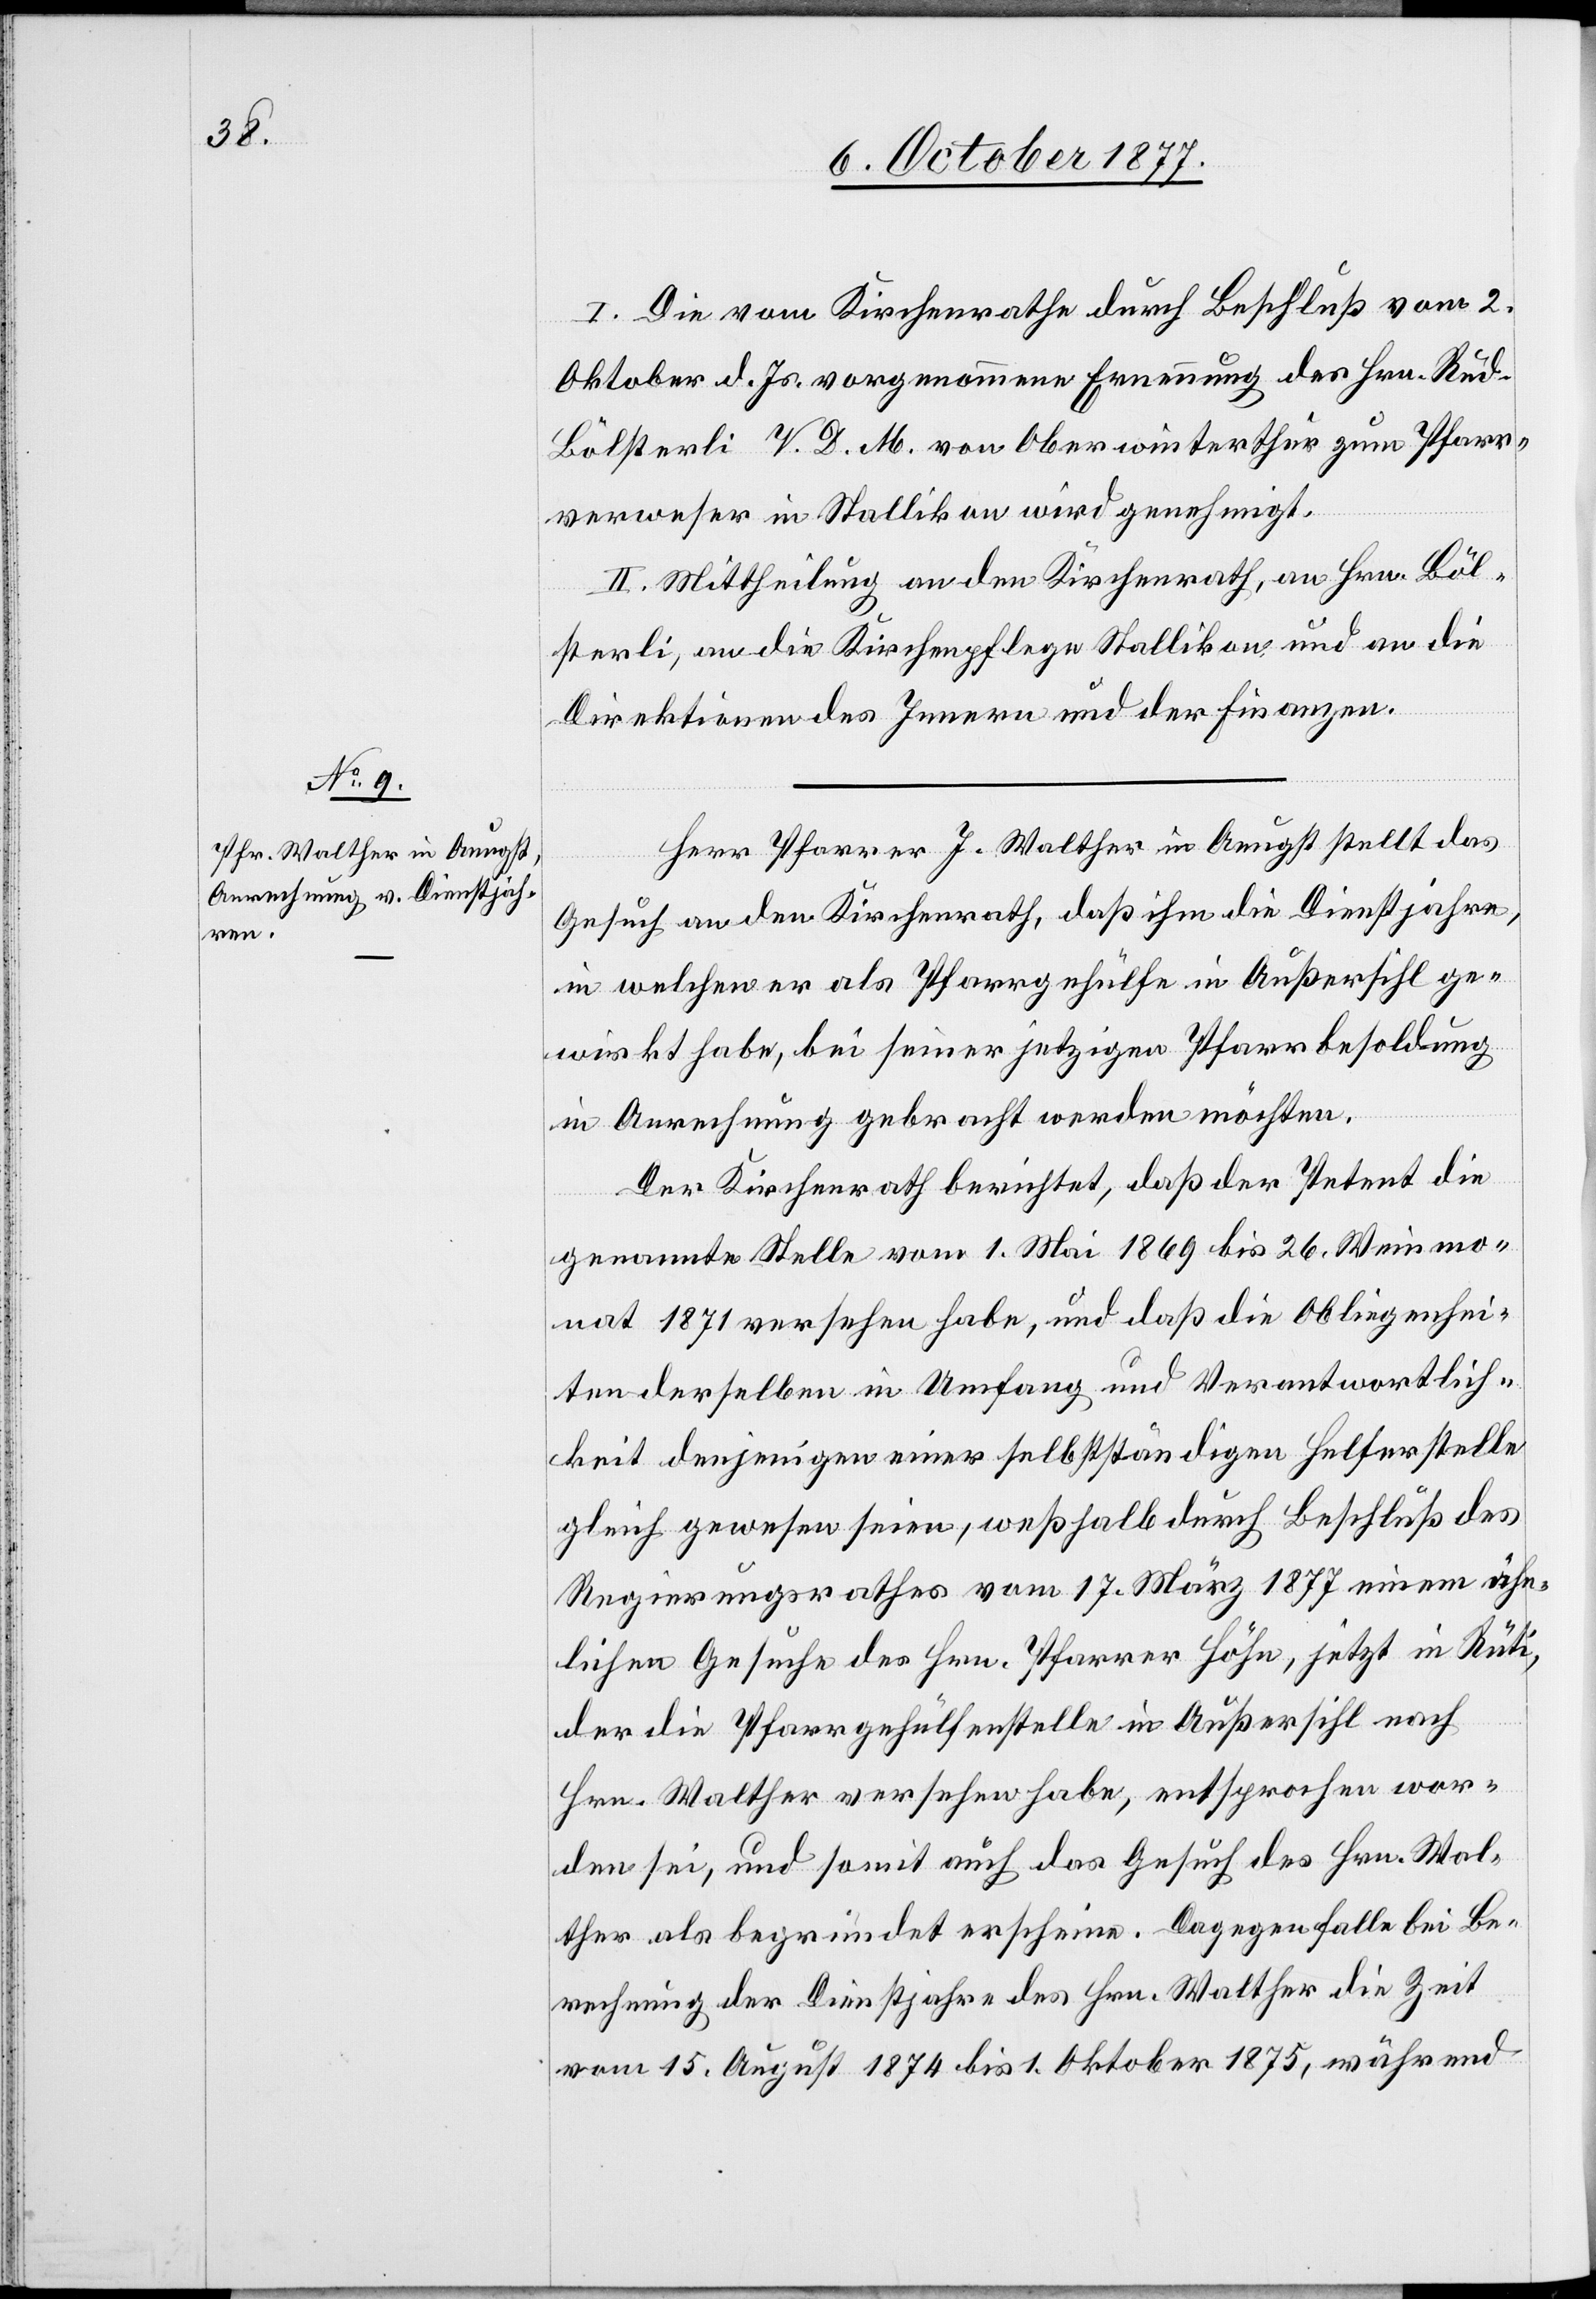
I. Die vom Kirchenrathe durch Beschluß vom 2.
Oktober d. Js. vorgenommene Ernennung des Hrn. Rud.
Bölsterli V. D. M. von Oberwinterthur zum Pfarr¬
verweser in Stallikon wird genehmigt.
II. Mittheilung an den Kirchenrath, an Hrn. Böl¬
sterli, an die Kirchenpflege Stallikon und an die
Direktionen des Innern und der Finanzen.
Herr Pfarrer J. Walther in Aeugst stellt das
Gesuch an den Kirchenrath, daß ihm die Dienstjahre,
in welchen er als Pfarrgehülfe in Außersihl ge¬
wirkt habe, bei seiner jetzigen Pfarrbesoldung
in Anrechnung gebracht werden möchten.
Der Kirchenrath berichtet, daß der Petent die
genannte Stelle vom 1. Mai 1869 bis 26. Weinmo¬
nat 1871 versehen habe, und daß die Obliegenhei¬
ten derselben in Umfang und Verantwortlich¬
keit denjenigen einer selbstständigen Helferstelle
gleich gewesen seien, weßhalb durch Beschluß des
Regierungsrathes vom 17. März 1877 einem ähn¬
lichen Gesuche des Hrn. Pfarrer Höhn, jetzt in Rüti,
der die Pfarrgehülfenstelle in Außersihl nach
Hrn. Walther versehen habe, entsprochen wor¬
den sei, und somit auch das Gesuch des Hrn. Wal¬
ther als begründet erscheine. Dagegen falle bei Be¬
rechnung der Dienstjahre des Hrn. Walther die Zeit
vom 15. August 1874 bis 1. Oktober 1875, während